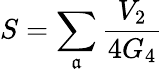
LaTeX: S=\sum_{\mathfrak{a}}\frac{{V_{2}}}{{4G_{4}}}